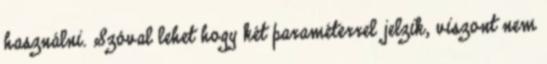
használni. Szóval lehet hogy két paraméterrel jelzik, viszont nem